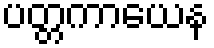
ပတ္တကာယေန